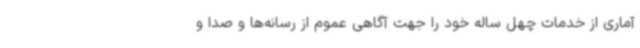
آماری از خدمات چهل ساله خود را جهت آگاهی عموم از رسانه‌ها و صدا و